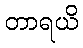
တာရယိ